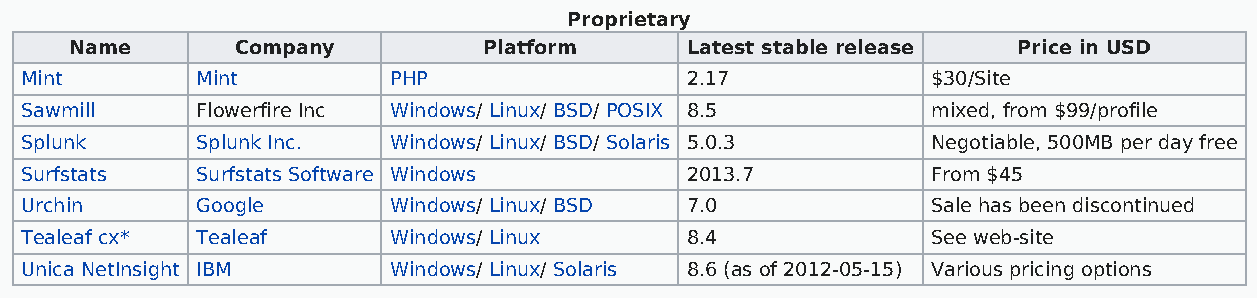
Proprietary
 Name       Company         Platform     Latest stable release Price in USD
 Mint        Mint         PHP                2.17             $30/Site
 Sawmill     Flowerfire Inc Windows/ Linux/ BSD/ POSIX 8.5    mixed, from $99/profile
 Splunk      Splunk Inc.  Windows/ Linux/ BSD/ Solaris 5.0.3  Negotiable, 500MB per day free
 Surfstats   Surfstats Software Windows      2013.7           From $45
 Urchin      Google       Windows/ Linux/ BSD 7.0             Sale has been discontinued
 Tealeaf cx* Tealeaf      Windows/ Linux     8.4              See web-site
 Unica NetInsight IBM     Windows/ Linux/ Solaris 8.6 (as of 2012-05-15) Various pricing options